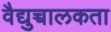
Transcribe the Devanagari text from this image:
वैद्युच्चालकता